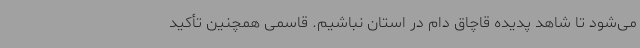
می‌شود تا شاهد پدیده قاچاق دام در استان نباشیم. قاسمی همچنین تأکید